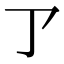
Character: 𠄐